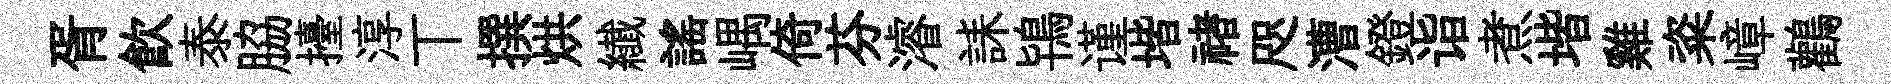
胥飲泰脇擡淳丅撰烘纎謡嵎倚芬濬誄鴇谨堦禇咫漕鐙诣煮堦雞粢嶂鸛